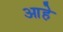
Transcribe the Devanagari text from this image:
आहेे